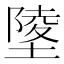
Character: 𡏹